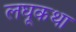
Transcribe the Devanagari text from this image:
लघूकथा